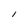
Character: 1